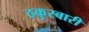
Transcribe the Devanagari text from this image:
ठकुरबारी